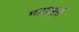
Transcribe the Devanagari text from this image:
माछापुर्छ